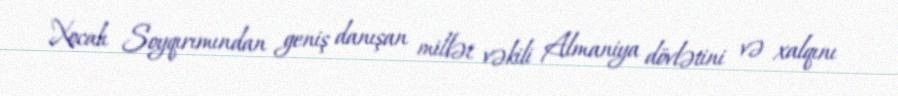
Xocalı Soyqırımından geniş danışan millət vəkili Almaniya dövlətini və xalqını